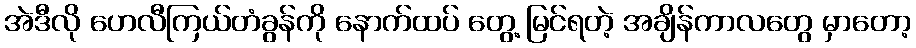
အဲဒီလို ဟေလီကြယ်တံခွန်ကို နောက်ထပ် တွေ့ မြင်ရတဲ့ အချိန်ကာလတွေ မှာတော့